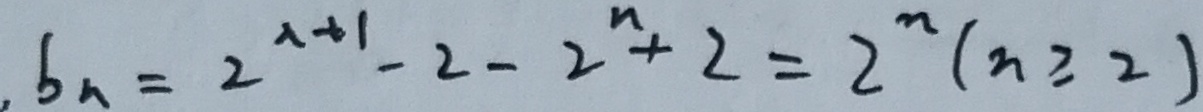
. b _ { n } = 2 ^ { - 1 + 1 } - 2 - 2 ^ { n } + 2 = 2 ^ { n } ( n \geq 2 )